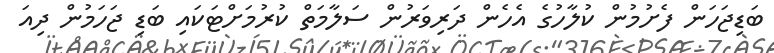
ބަޑިޖަހަން ފެށުމުން ކުލާހުގެ އެހެން ދަރިވަރުން ސަލާމަތް ކުރުމަށްޓަކައި ބަޑި ޖަހަމުން ދިއަ